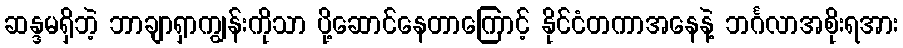
ဆန္ဒမရှိဘဲ့ ဘာချာရှာကျွန်းကိုသာ ပို့ဆောင်နေတာကြောင့် နိုင်ငံတကာအနေနဲ့ ဘင်္ဂလာအစိုးရအား